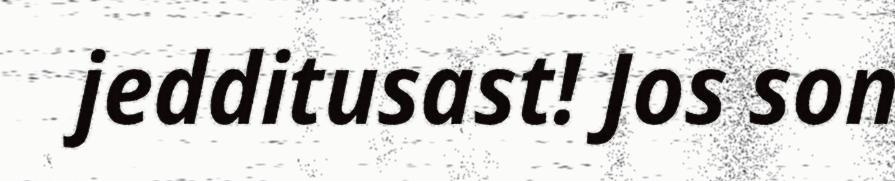
jedditusast! Jos son